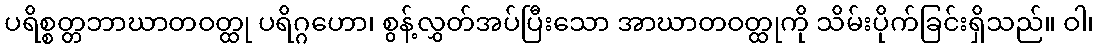
ပရိစ္စတ္တဘာဃာတဝတ္ထု ပရိဂ္ဂဟော၊ စွန့်လွှတ်အပ်ပြီးသော အာဃာတဝတ္ထုကို သိမ်းပိုက်ခြင်းရှိသည်။ ဝါ၊